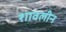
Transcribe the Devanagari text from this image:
शावलीन